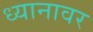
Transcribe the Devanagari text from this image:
ध्यानावर